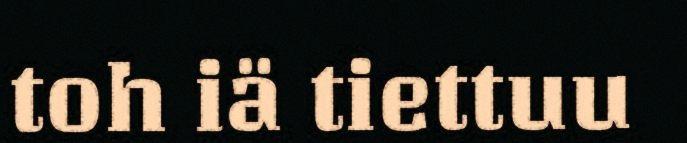
toh iä tiettuu